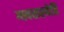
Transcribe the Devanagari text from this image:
ग्ववसस्येष्ठि